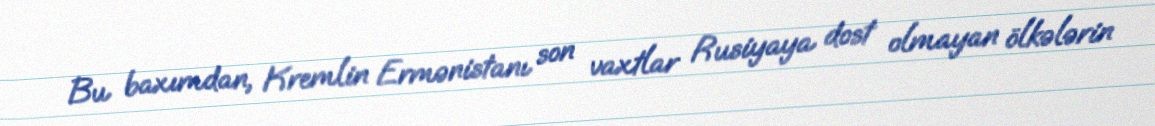
Bu baxımdan, Kremlin Ermənistanı son vaxtlar Rusiyaya dost olmayan ölkələrin